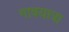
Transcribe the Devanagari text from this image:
गावयात्रा